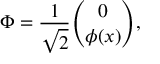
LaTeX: \Phi = \frac { 1 } { \sqrt { 2 } } { \binom { 0 } { \phi ( x ) } } ,